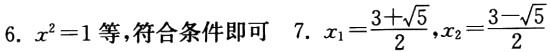
6. \(x^{2}=1\)等,符合条件即可  7. \(x_{1}=\frac{3 + \sqrt{5}}{2},x_{2}=\frac{3 - \sqrt{5}}{2}\)